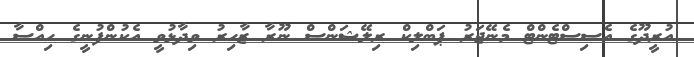
އުރީދޫގެ އެސިސްޓެންޓް މެނޭޖަރު ޕަބްލިކް ރިލޭޝަންސް ނޫރާ ޒާހިރު ވިދާޅުވީ އެކުންފުނީގެ ހިއްސާ